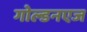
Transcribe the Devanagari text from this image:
गोल्डनएज